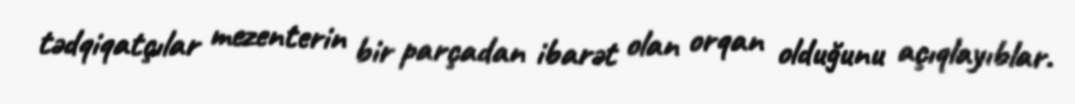
tədqiqatçılar mezenterin bir parçadan ibarət olan orqan olduğunu açıqlayıblar.